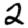
Digit: 2